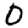
Digit: 0